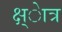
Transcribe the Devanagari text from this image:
क्ष्ेात्र